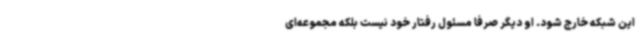
این شبکه خارج شود. او دیگر صرفا مسئول رفتار خود نیست بلکه مجموعه‌ای